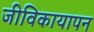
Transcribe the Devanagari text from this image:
जीविकायापन